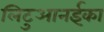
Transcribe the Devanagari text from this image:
लिटुआनईका